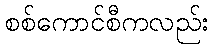
စစ်ကောင်စီကလည်း